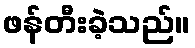
ဖန်တီးခဲ့သည်။